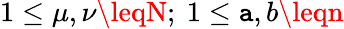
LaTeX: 1\leq\mu,\nu\leqN;\ 1\leq\mathtt{a},b\leqn